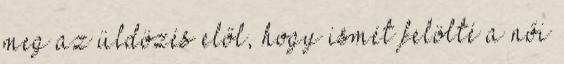
meg az üldözés elől, hogy ismét felölté a női